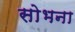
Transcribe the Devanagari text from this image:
सोभना